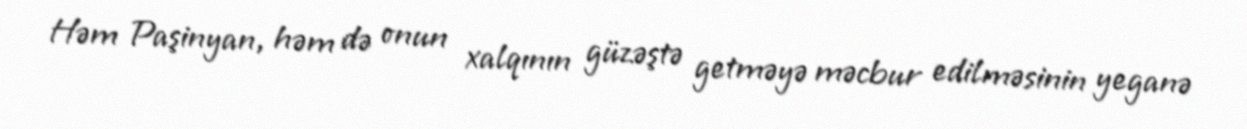
Həm Paşinyan, həm də onun xalqının güzəştə getməyə məcbur edilməsinin yeganə